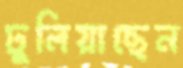
ঢুলিয়াছেন